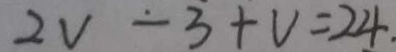
2 V - 3 + V = 2 4 .